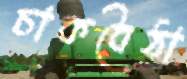
চাকবৈঠা